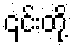
၎င်းတို့